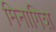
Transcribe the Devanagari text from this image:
मिनागिश